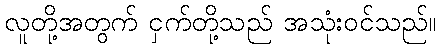
လူတို့အတွက် ငှက်တို့သည် အသုံးဝင်သည်။